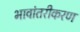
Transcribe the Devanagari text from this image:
भावांतरीकरण